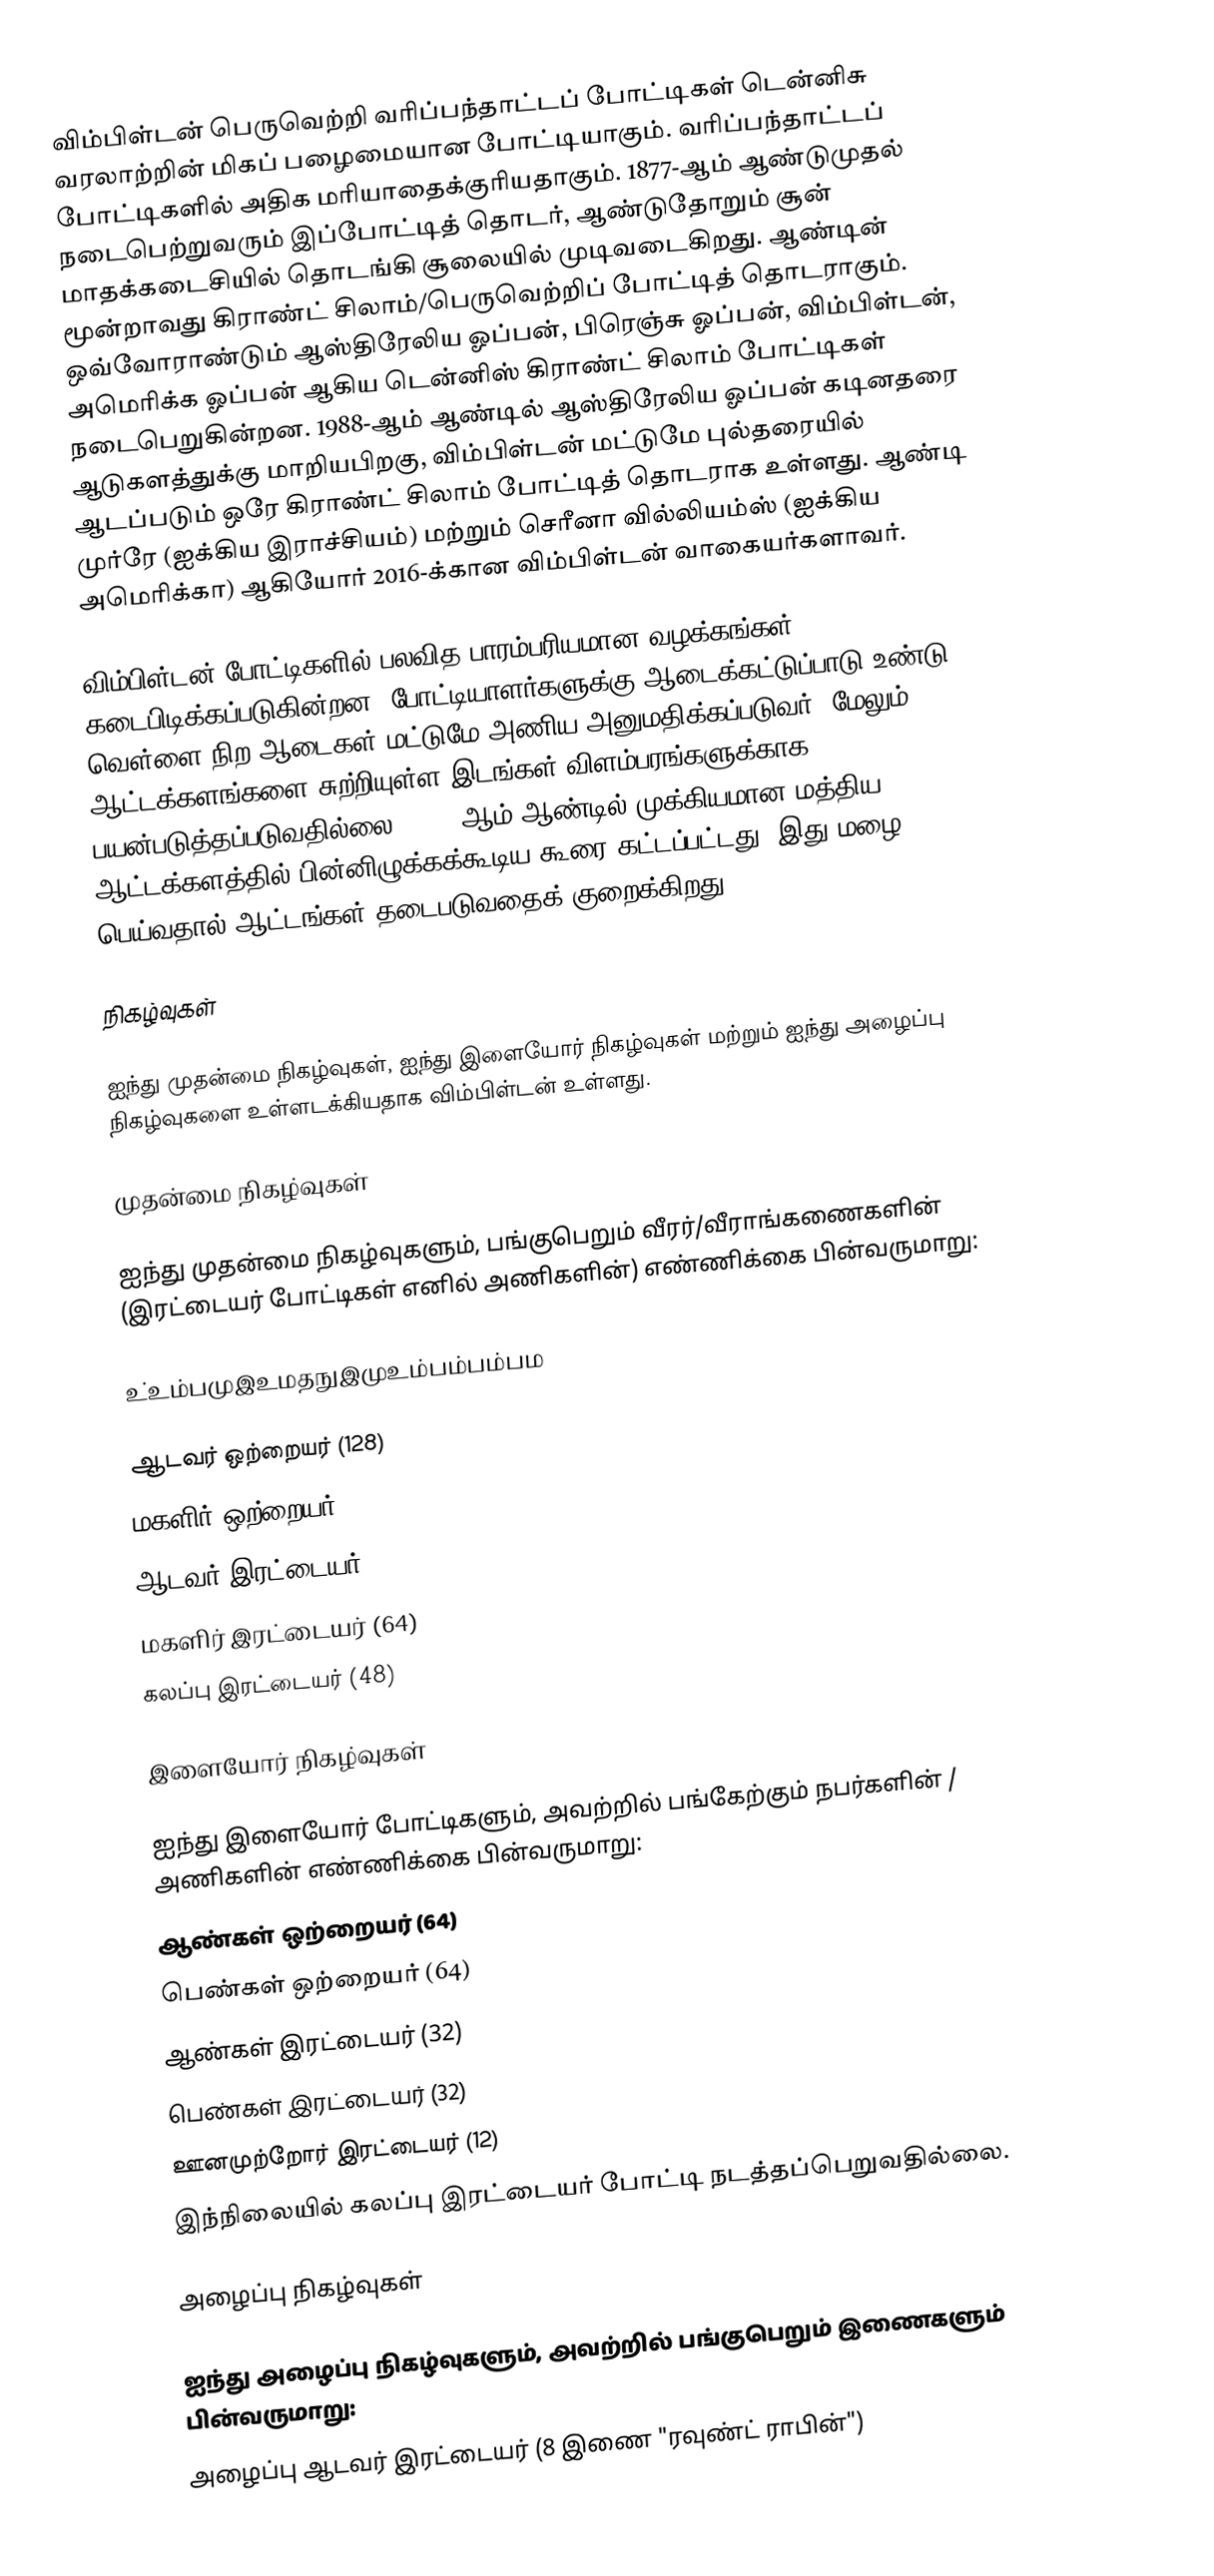
விம்பிள்டன் பெருவெற்றி வரிப்பந்தாட்டப் போட்டிகள் டென்னிசு வரலாற்றின் மிகப் பழைமையான போட்டியாகும். வரிப்பந்தாட்டப் போட்டிகளில் அதிக மரியாதைக்குரியதாகும்.  1877-ஆம் ஆண்டுமுதல் நடைபெற்றுவரும் இப்போட்டித் தொடர், ஆண்டுதோறும் சூன் மாதக்கடைசியில் தொடங்கி சூலையில் முடிவடைகிறது. ஆண்டின் மூன்றாவது கிராண்ட் சிலாம்/பெருவெற்றிப் போட்டித் தொடராகும். ஒவ்வோராண்டும் ஆஸ்திரேலிய ஓப்பன், பிரெஞ்சு ஓப்பன், விம்பிள்டன், அமெரிக்க ஓப்பன் ஆகிய டென்னிஸ் கிராண்ட் சிலாம் போட்டிகள் நடைபெறுகின்றன.  1988-ஆம் ஆண்டில் ஆஸ்திரேலிய ஓப்பன் கடினதரை ஆடுகளத்துக்கு மாறியபிறகு, விம்பிள்டன் மட்டுமே புல்தரையில் ஆடப்படும் ஒரே கிராண்ட் சிலாம் போட்டித் தொடராக உள்ளது.   ஆண்டி முர்ரே (ஐக்கிய இராச்சியம்) மற்றும் செரீனா வில்லியம்ஸ் (ஐக்கிய அமெரிக்கா) ஆகியோர் 2016-க்கான விம்பிள்டன் வாகையர்களாவர்.

விம்பிள்டன் போட்டிகளில் பலவித பாரம்பரியமான வழக்கங்கள் கடைபிடிக்கப்படுகின்றன.  போட்டியாளர்களுக்கு ஆடைக்கட்டுப்பாடு உண்டு, வெள்ளை நிற ஆடைகள் மட்டுமே அணிய அனுமதிக்கப்படுவர்.  மேலும், ஆட்டக்களங்களை சுற்றியுள்ள இடங்கள் விளம்பரங்களுக்காக பயன்படுத்தப்படுவதில்லை.  2009-ஆம் ஆண்டில் முக்கியமான மத்திய ஆட்டக்களத்தில் பின்னிழுக்கக்கூடிய கூரை கட்டப்பட்டது, இது மழை பெய்வதால் ஆட்டங்கள் தடைபடுவதைக் குறைக்கிறது.

நிகழ்வுகள்

ஐந்து முதன்மை நிகழ்வுகள், ஐந்து இளையோர் நிகழ்வுகள் மற்றும் ஐந்து அழைப்பு நிகழ்வுகளை உள்ளடக்கியதாக விம்பிள்டன் உள்ளது.

முதன்மை நிகழ்வுகள்

ஐந்து முதன்மை நிகழ்வுகளும், பங்குபெறும் வீரர்/வீராங்கணைகளின் (இரட்டையர் போட்டிகள் எனில் அணிகளின்) எண்ணிக்கை பின்வருமாறு:

உ்உம்பமுஇஉமதநுஇமுஉம்பம்பம்பம

 ஆடவர் ஒற்றையர் (128)
 மகளிர் ஒற்றையர் (128)
 ஆடவர் இரட்டையர் (64)
 மகளிர் இரட்டையர் (64)
 கலப்பு இரட்டையர் (48)

இளையோர் நிகழ்வுகள்

ஐந்து இளையோர் போட்டிகளும், அவற்றில் பங்கேற்கும் நபர்களின் / அணிகளின் எண்ணிக்கை பின்வருமாறு:
 ஆண்கள் ஒற்றையர் (64)
 பெண்கள் ஒற்றையர் (64)
 ஆண்கள் இரட்டையர் (32)
 பெண்கள் இரட்டையர் (32)
 ஊனமுற்றோர் இரட்டையர் (12)
இந்நிலையில் கலப்பு இரட்டையர் போட்டி நடத்தப்பெறுவதில்லை.

அழைப்பு நிகழ்வுகள்

ஐந்து அழைப்பு நிகழ்வுகளும், அவற்றில் பங்குபெறும் இணைகளும் பின்வருமாறு:
 அழைப்பு ஆடவர் இரட்டையர் (8 இணை "ரவுண்ட் ராபின்")